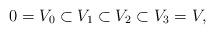
LaTeX: \begin{align*} 0=V_0\subset V_1\subset V_2\subset V_3=V,\end{align*}